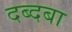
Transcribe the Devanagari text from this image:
दब्दबा